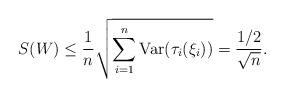
LaTeX: \begin{align*} S(W)& \le \frac{1}{n} \sqrt{\sum_{i=1}^n\mbox{Var}(\tau_i(\xi_i))} = \frac{1/2}{\sqrt{n}}. \end{align*}